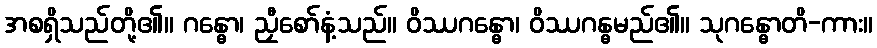
အစရှိသည်တို့၏။ ဂန္ဓော၊ ညှီစော်နံ့သည်။ ဝိဿဂန္ဓော၊ ဝိဿဂန္ဓမည်၏။ သုဂန္ဓောတိ-ကား။